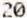
20